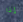
إذا